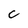
Character: c